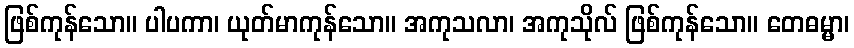
ဖြစ်ကုန်သော။ ပါပကာ၊ ယုတ်မာကုန်သော။ အကုသလာ၊ အကုသိုလ် ဖြစ်ကုန်သော။ တေဓမ္မာ၊